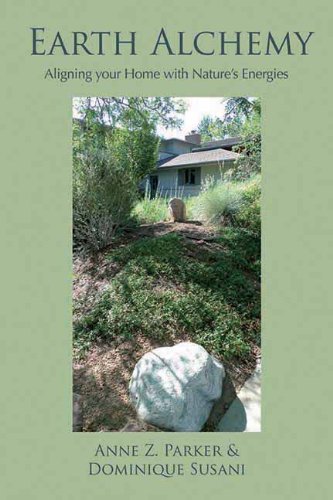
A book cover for Earth Alchemy: Aligning Your Home with Nature's Energies; Anne Parker; Religion & Spirituality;